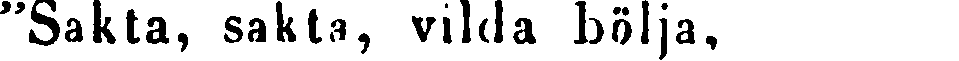
"Sakta, sakta, vilda bölja,